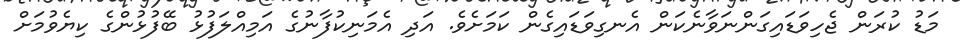
މަޑު ކުރަން ޖެހިވަޑައިގަންނަވާނެކަން އެނގިވަޑައިގެން ކަމަށެވެ. އަދި އެމަނިކުފާނުގެ އަމިއްލަފުޅު ބޭފުޅުންގެ ކިޔެވުމަށް